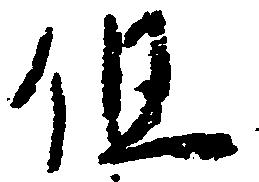
但